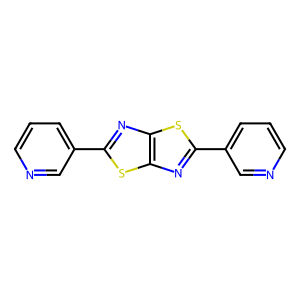
SMILES: c1cncc(-c2nc3sc(-c4cccnc4)nc3s2)c1
Inhibits HIV replication: No